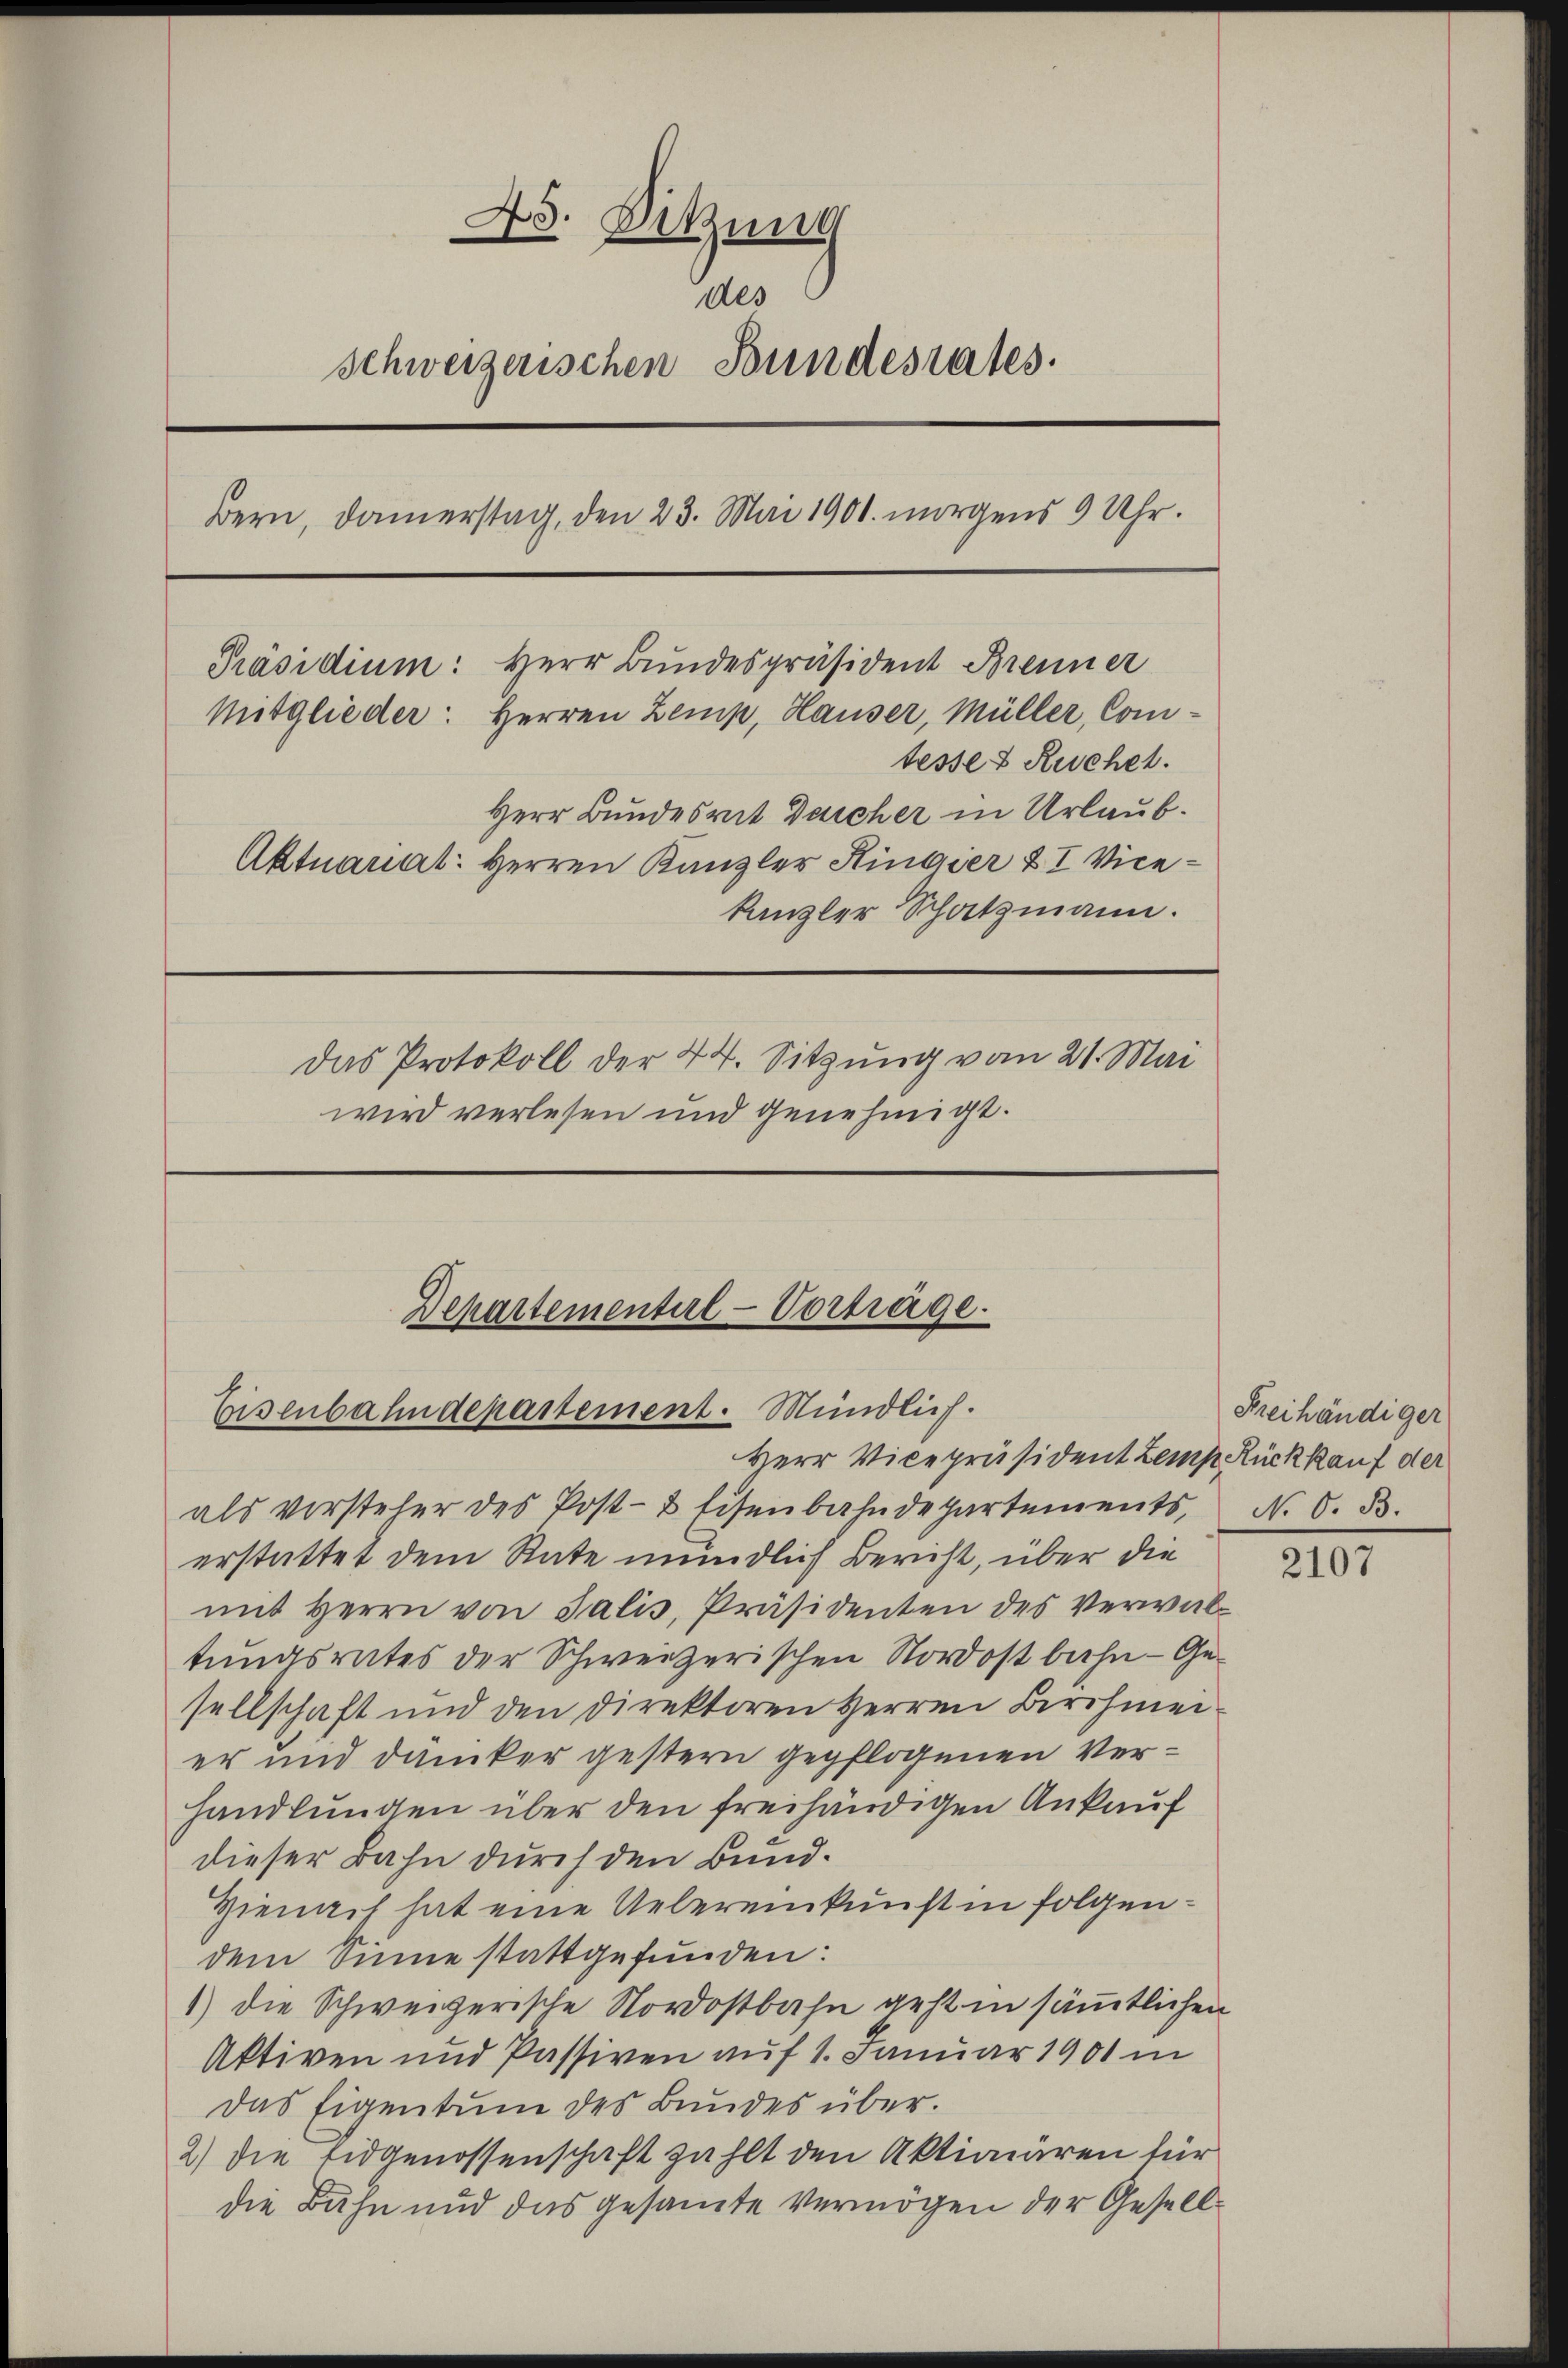
C
f
 Sitzung
d
n
des
Schweizerischen Bundesrates.
Bern, danerstag, den 23. Mai 1901. morgens 9 Uhr.
Präsidium: Herr Bundespräsident Brenner
Mitglieder: Herren Zemp, Hauser, Müller, Comtesser Ruchet.
Herr Bundesrat Deicher in Urlaub.
Aktuariat: Herren Kanzler Hingier & I Vicekanzler Schatzmann.
Das Protokoll der 44. Sitzung vom 21. Mai
wird verlesen und genehmigt.

Departementire-Vortrage.
Eisenbahndepartement. Mündlich.

Herr Vicepräsident Lemp Rückkauf der
als vorsteher des Post- & Eisenbahndepartements, N. O. B.
erstattet dem Rate mündlich Bericht, über die
mit Herrn von Salis, Präsidenten des Verwaltungsrates der Schweizerischen Nordostbahn - Gesellschaft und den Direktoren Herren Berahmen.
er und danker gestern gepflogenen Verhandlungen über den freihändigen Ankauf
dieser Bahn durch den Bund¬
Hienach hat eine Uebereinkunft in folgendem Sinne stattgefunden:
1) die Schweizerische Nordostbahn geht in sämmtlichen
Aktiven und Passiven auf 1. Januar 1901 in
Das Eigentum des Bundes über.
2) die Eidgenossenschaft zählt den Aktionären für
die Bahn und das gesamte Vermögen der Gesell¬

Freihändiger

2107